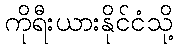
ကိုရီးယားနိုင်ငံသို့